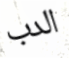
الدب